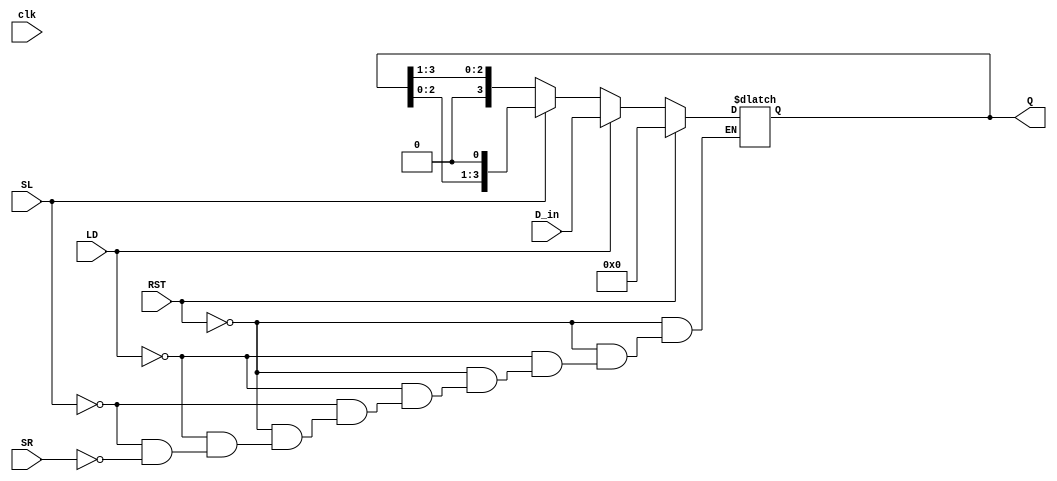
module async_shift_counter (
    input wire clk,        // Clock signal
    input wire SL,        // Shift Left control signal
    input wire SR,        // Shift Right control signal
    input wire LD,        // Load control signal
    input wire RST,       // Reset control signal
    input wire [3:0] D_in, // Data input for loading the counter
    output reg [3:0] Q     // Current count value output
);

    // Always block for asynchronous operations
    always @(*) begin
        if (RST) begin
            Q = 4'b0000; // Reset the counter to 0
        end
        else if (LD) begin
            Q = D_in; // Load the external input value
        end
        else if (SL) begin
            Q = {Q[2:0], 1'b0}; // Shift left and fill LSB with 0
        end
        else if (SR) begin
            Q = {1'b0, Q[3:1]}; // Shift right and fill MSB with 0
        end
    end

endmodule